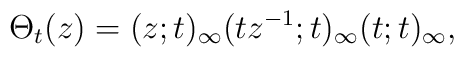
\Theta_t(z) = (z;t)_\infty(tz^{-1};t)_\infty(t;t)_\infty,